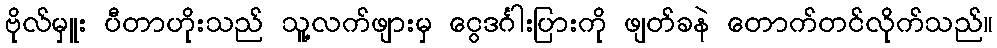
ဗိုလ်မှူး ပီတာဟိုးသည် သူ့လက်ဖျားမှ ငွေဒင်္ဂါးပြားကို ဖျတ်ခနဲ တောက်တင်လိုက်သည်။